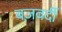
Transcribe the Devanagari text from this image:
बज़वर्दी